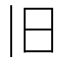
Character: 旧